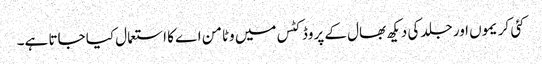
کئی کریموں اور جلد کی دیکھ بھال کے پروڈکٹس میں وٹامن اے کا استعمال کیا جاتا ہے۔